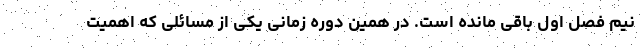
نیم فصل اول باقی مانده است. در همین دوره زمانی یکی از مسائلی که اهمیت